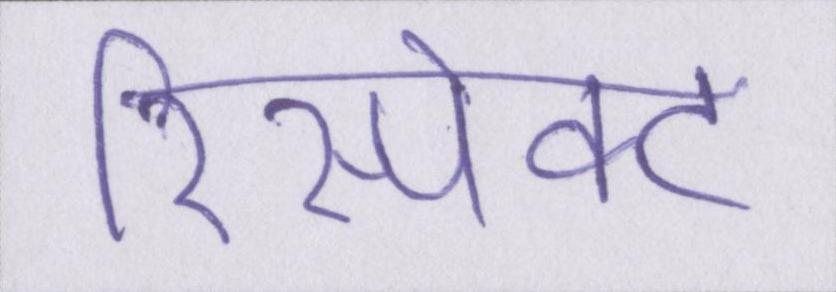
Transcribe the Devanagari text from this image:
रिस्पेक्ट